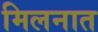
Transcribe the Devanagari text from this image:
मिलनात